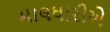
માલધારીએ